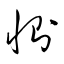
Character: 惻